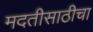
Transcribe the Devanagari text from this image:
मदतीसाठीचा